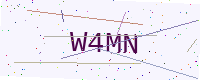
Text: W4MN